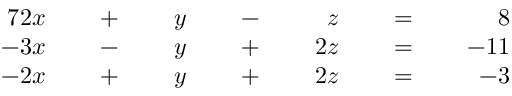
{ \begin{array} { r l r l r l r l r l r l r } { { 7 } 2 x } & { { } } & { \; + \; } & { { } } & { y } & { { } } & { \; - \; } & { { } } & { z } & { { } } & { \; = \; } & { { } } & { 8 } \\ { - 3 x } & { { } } & { \; - \; } & { { } } & { y } & { { } } & { \; + \; } & { { } } & { 2 z } & { { } } & { \; = \; } & { { } } & { - 1 1 } \\ { - 2 x } & { { } } & { \; + \; } & { { } } & { y } & { { } } & { \; + \; } & { { } } & { 2 z } & { { } } & { \; = \; } & { { } } & { - 3 } \end{array} } \qquad